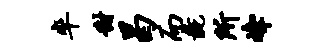
率甜曷而彘所峰